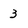
Character: 3